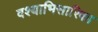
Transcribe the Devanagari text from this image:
वश्याभिसारिका